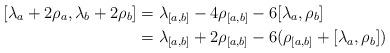
LaTeX: \begin{align*}[\lambda_a + 2\rho_a, \lambda_b + 2 \rho_b] &= \lambda_{[a,b]} - 4 \rho_{[a,b]} - 6 [\lambda_a, \rho_b] \cr&= \lambda_{[a,b]} + 2 \rho_{[a,b]} - 6(\rho_{[a,b]} + [\lambda_a,\rho_b])\end{align*}